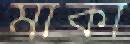
মাকা